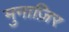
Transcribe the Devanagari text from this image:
मुनाज़िर